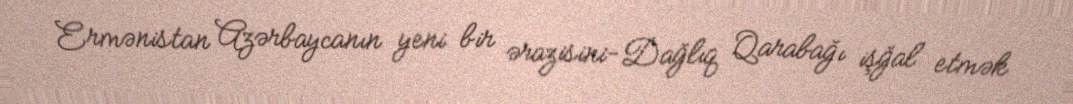
Ermənistan Azərbaycanın yeni bir ərazisini-Dağlıq Qarabağı işğal etmək